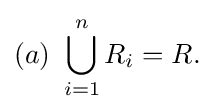
(a){\text{ }}\bigcup _{i=1}^{n}{R_{i}=R.}